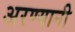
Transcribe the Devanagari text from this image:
अरण्यानी